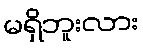
မရှိဘူးလား